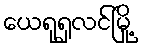
ယေရုရှလင်မြို့